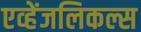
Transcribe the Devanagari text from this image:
एव्हेंजलिकल्स